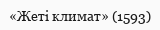
«Жеті климат» (1593)